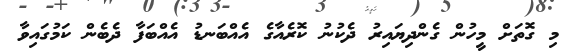
މި ގޮތަށް މީހުން ގެންދިޔައިރު ދެކުނު ކޮރެއާގެ އެއްބަނޑު އެއްބަފާ ދެބެން ކަމުގައިވާ